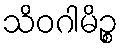
သိဝဂါမိဉ္စ